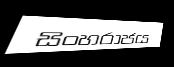
සිංහරාජය